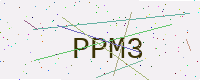
Text: PPM3